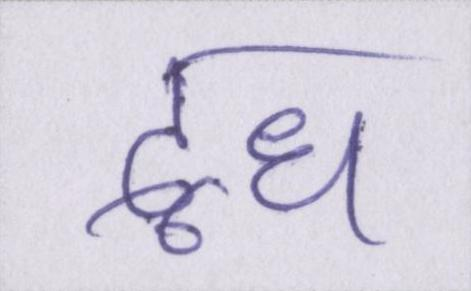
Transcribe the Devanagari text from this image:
दूध